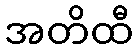
အတိထီ